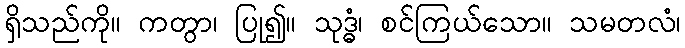
ရှိသည်ကို။ ကတွာ၊ ပြု၍။ သုဒ္ဓံ၊ စင်ကြယ်သော။ သမတလံ၊